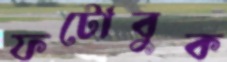
ফটোবুক